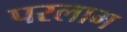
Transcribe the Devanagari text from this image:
परलाम